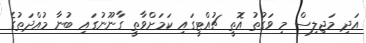
އަދި މަޖިލިސް މި ވަގުތު އޮތީ ޗުއްޓީގައި ކަމަށްވާތީ ގާނޫނުގައި ބުނާ މުއްދަތުގެ